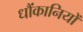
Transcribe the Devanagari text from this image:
धौंकानियों